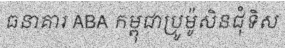
ធនាគារ ABA កម្ពុជាប្រូម៉ូសិនជុំទិស